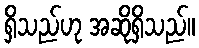
ရှိသည်ဟု အဆိုရှိသည်။